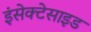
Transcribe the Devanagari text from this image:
इंसेक्टेसाइड